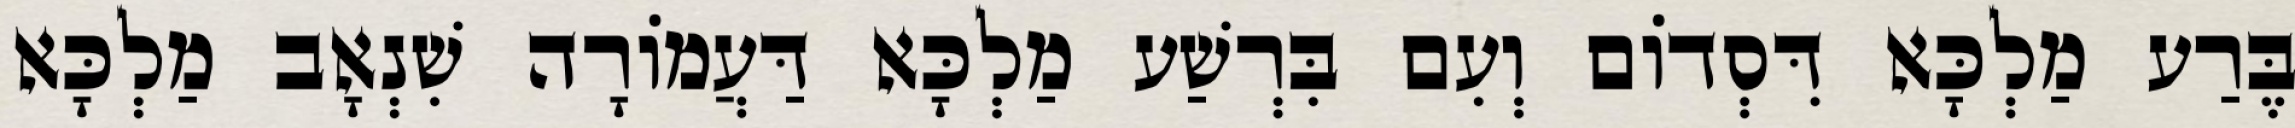
בֶּרַע מַלְכָּא דִּסְדוֹם וְעִם בִּרְשַׁע מַלְכָּא דַּעֲמוֹרָה שִׁנְאָב מַלְכָּא